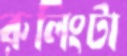
রুলিংটা